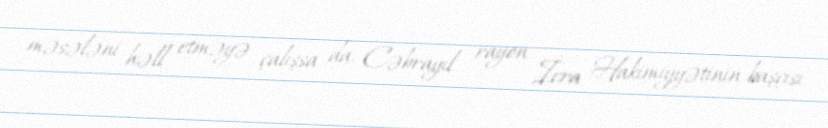
məsələni həll etməyə çalışsa da, Cəbrayıl rayon İcra Hakimiyyətinin başçısı